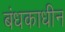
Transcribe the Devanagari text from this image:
बंधकाधीन